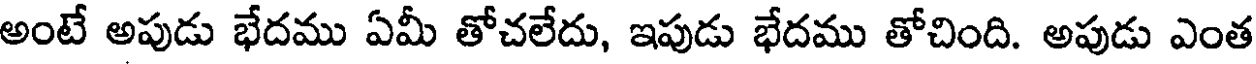
అంటే అపుడు భేదము ఏమీ తోచలేదు, ఇపుడు భేదము తోచింది. అపుడు ఎంత